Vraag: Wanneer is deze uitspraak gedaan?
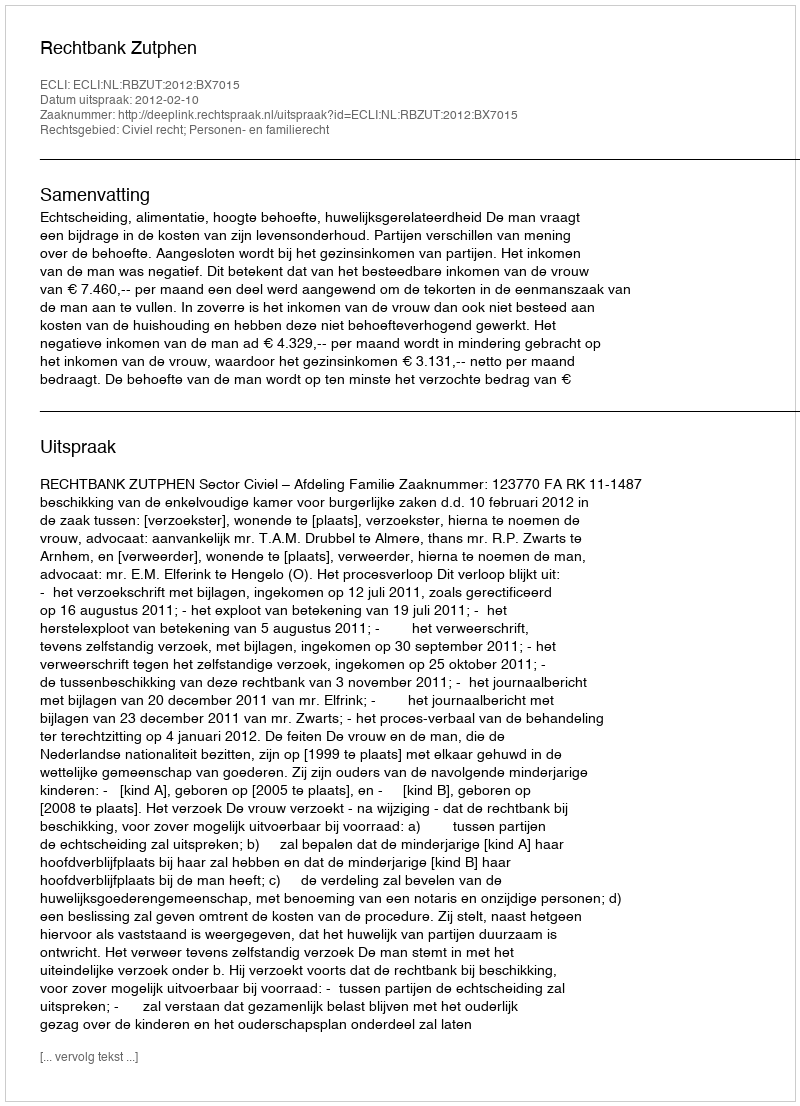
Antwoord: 2012-02-10